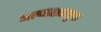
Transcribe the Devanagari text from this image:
अल्पाक्षरयुक्त